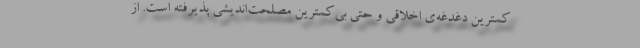
کمترین دغدغه‌ی اخلاقی و حتی بی‌کمترین مصلحت‌اندیشی پذیرفته است. از